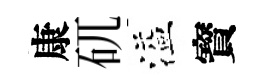
康矹溢寳